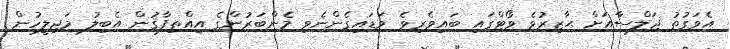
އެވަގުތު ޖަލްސާއަށް ޙާޒިރުވެ ވޯޓްގައި ބައިވެރިވެ ވަޑައިގެންނެވި މެންބަރުންގެ އިއްތިފާޤުން އެބިލު މަޖިލީހުން